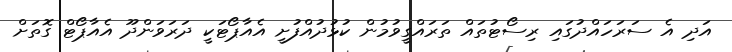
އަދި އެ ސަރަހައްދުގައި ރިސޯޓުތައް ތަރައްގީވުމުން ކުޅުދުއްފުށީ އެއާޕޯޓަކީ ދަރަވަންދޫ އެއާޕޯޓް ގޮތަށް